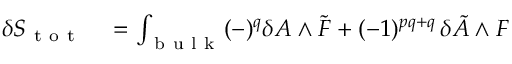
\begin{array} { r l } { \delta S _ { \mathrm { ~ t ~ o ~ t ~ } } } & { { } = \int _ { \mathrm { ~ b ~ u ~ l ~ k ~ } } ( - ) ^ { q } \delta A \wedge \tilde { F } + ( - 1 ) ^ { p q + q } \, \delta \tilde { A } \wedge F } \end{array}